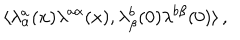
\langle \lambda _ { \alpha } ^ { a } ( x ) \lambda ^ { a \alpha } ( x ) , \lambda _ { \beta } ^ { b } ( 0 ) \lambda ^ { b \beta } ( 0 ) \rangle \, ,